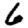
Digit: 6